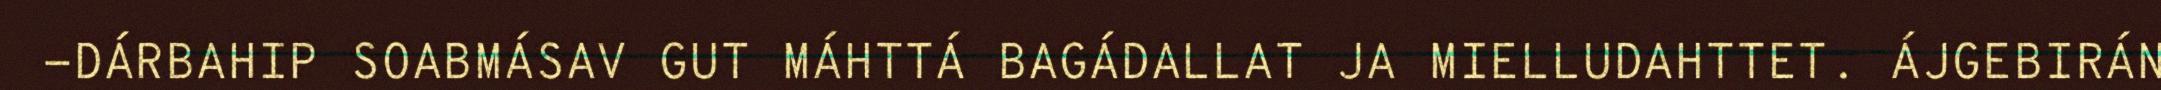
-DÁRBAHIP SOABMÁSAV GUT MÁHTTÁ BAGÁDALLAT JA MIELLUDAHTTET. ÁJGEBIRÁN